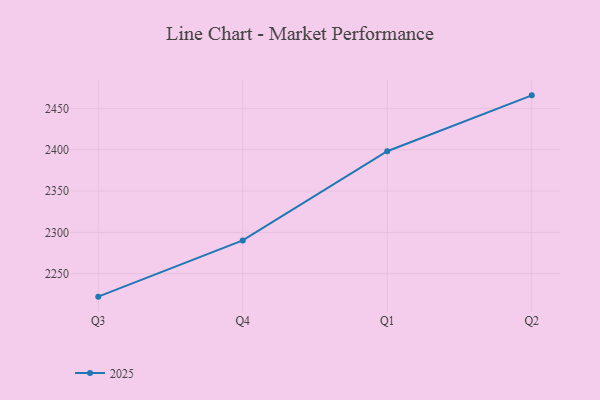
{"axis": {"x": "Quarter", "y": "Bounce Rate (%)"}, "legend": ["2025"], "data": [{"x": "Q3", "y": 2222.2, "type": "2025"}, {"x": "Q4", "y": 2290.3, "type": "2025"}, {"x": "Q1", "y": 2398.2, "type": "2025"}, {"x": "Q2", "y": 2465.8, "type": "2025"}]}